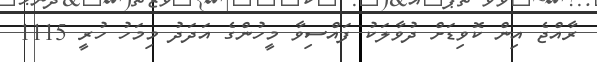
ރާއްޖެ އިން ކޮވިޑަށް ދުވާލަކު ފައްސިވާ މީހުންގެ އަދަދު މިމަހު ހުރީ 1115